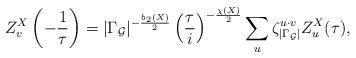
LaTeX: \begin{align*}Z^X_v\left(-\frac{1}{\tau}\right)=\vert\Gamma_{\cal G}\vert^{-\frac{b_2(X)}{2}}\left(\frac{\tau}{i}\right)^{-\frac{\chi(X)}{2}}\sum_u\zeta_{|\Gamma_{\cal G}|}^{u\cdot v}Z_u^X(\tau),\end{align*}